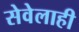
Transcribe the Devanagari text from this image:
सेवेलाही